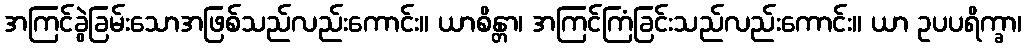
အကြင်ခွဲခြမ်းသောအဖြစ်သည်လည်းကောင်း။ ယာစိန္တာ၊ အကြင်ကြံခြင်းသည်လည်းကောင်း။ ယာ ဥပပရိက္ခာ၊